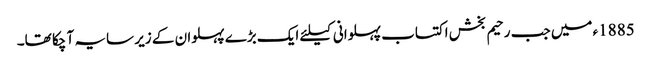
1885ء میں جب رحیم بخش اکتساب پہلوانی کیلئے ایک بڑے پہلوان کے زیر سایہ آ چکا تھا۔